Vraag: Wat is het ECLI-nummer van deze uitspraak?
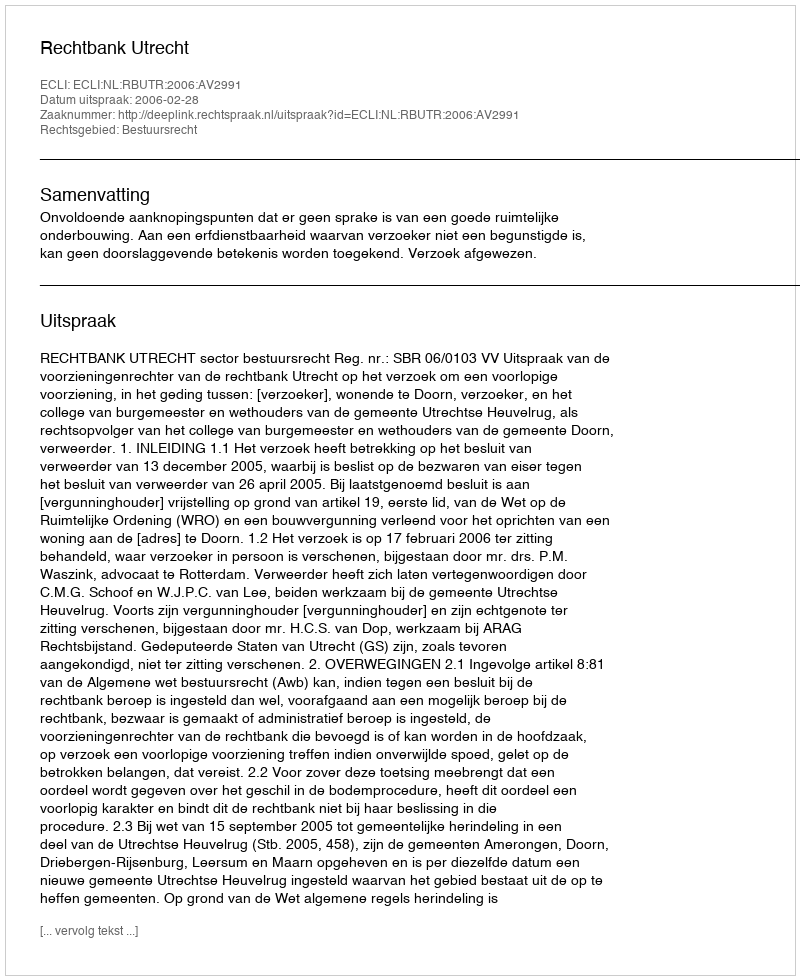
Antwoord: ECLI:NL:RBUTR:2006:AV2991